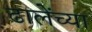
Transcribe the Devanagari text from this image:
ढालेंच्या